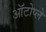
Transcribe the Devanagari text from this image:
ऑटोप्ले